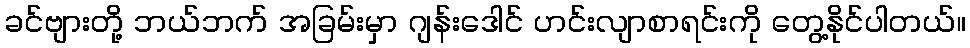
ခင်ဗျားတို့ ဘယ်ဘက် အခြမ်းမှာ ဂျန်းဒေါင် ဟင်းလျာစာရင်းကို တွေ့နိုင်ပါတယ်။